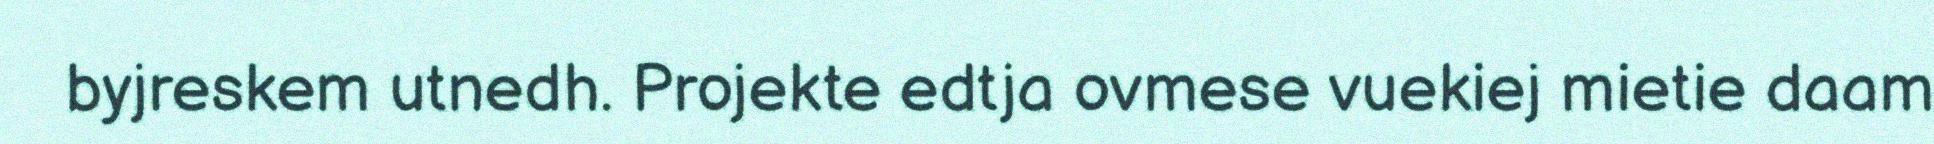
byjreskem utnedh. Projekte edtja ovmese vuekiej mietie daam